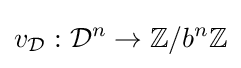
v_{\mathcal {D}}:{\mathcal {D}}^{n}\rightarrow \mathbb {Z} /b^{n}\mathbb {Z}